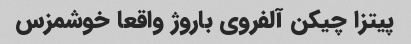
پیتزا چیکن آلفروی باروژ واقعا خوشمزس